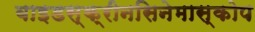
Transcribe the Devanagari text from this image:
वाइडस्क्रीनसिनेमास्कोप